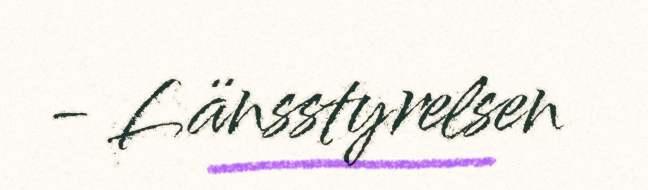
- Länsstyrelsen